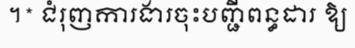
។* ជំរុញការងារចុះបញ្ជីពន្ធដារ ឱ្យ